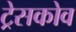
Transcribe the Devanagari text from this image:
ट्रेसकोव